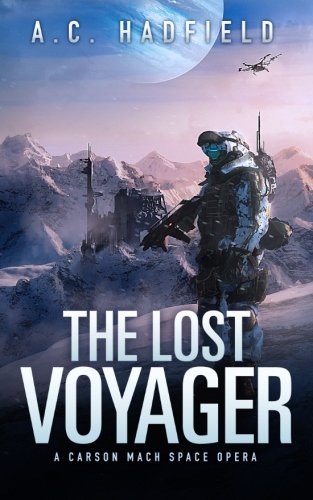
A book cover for The Lost Voyager (A Carson Mach Adventure); A.C. Hadfield; Science Fiction & Fantasy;